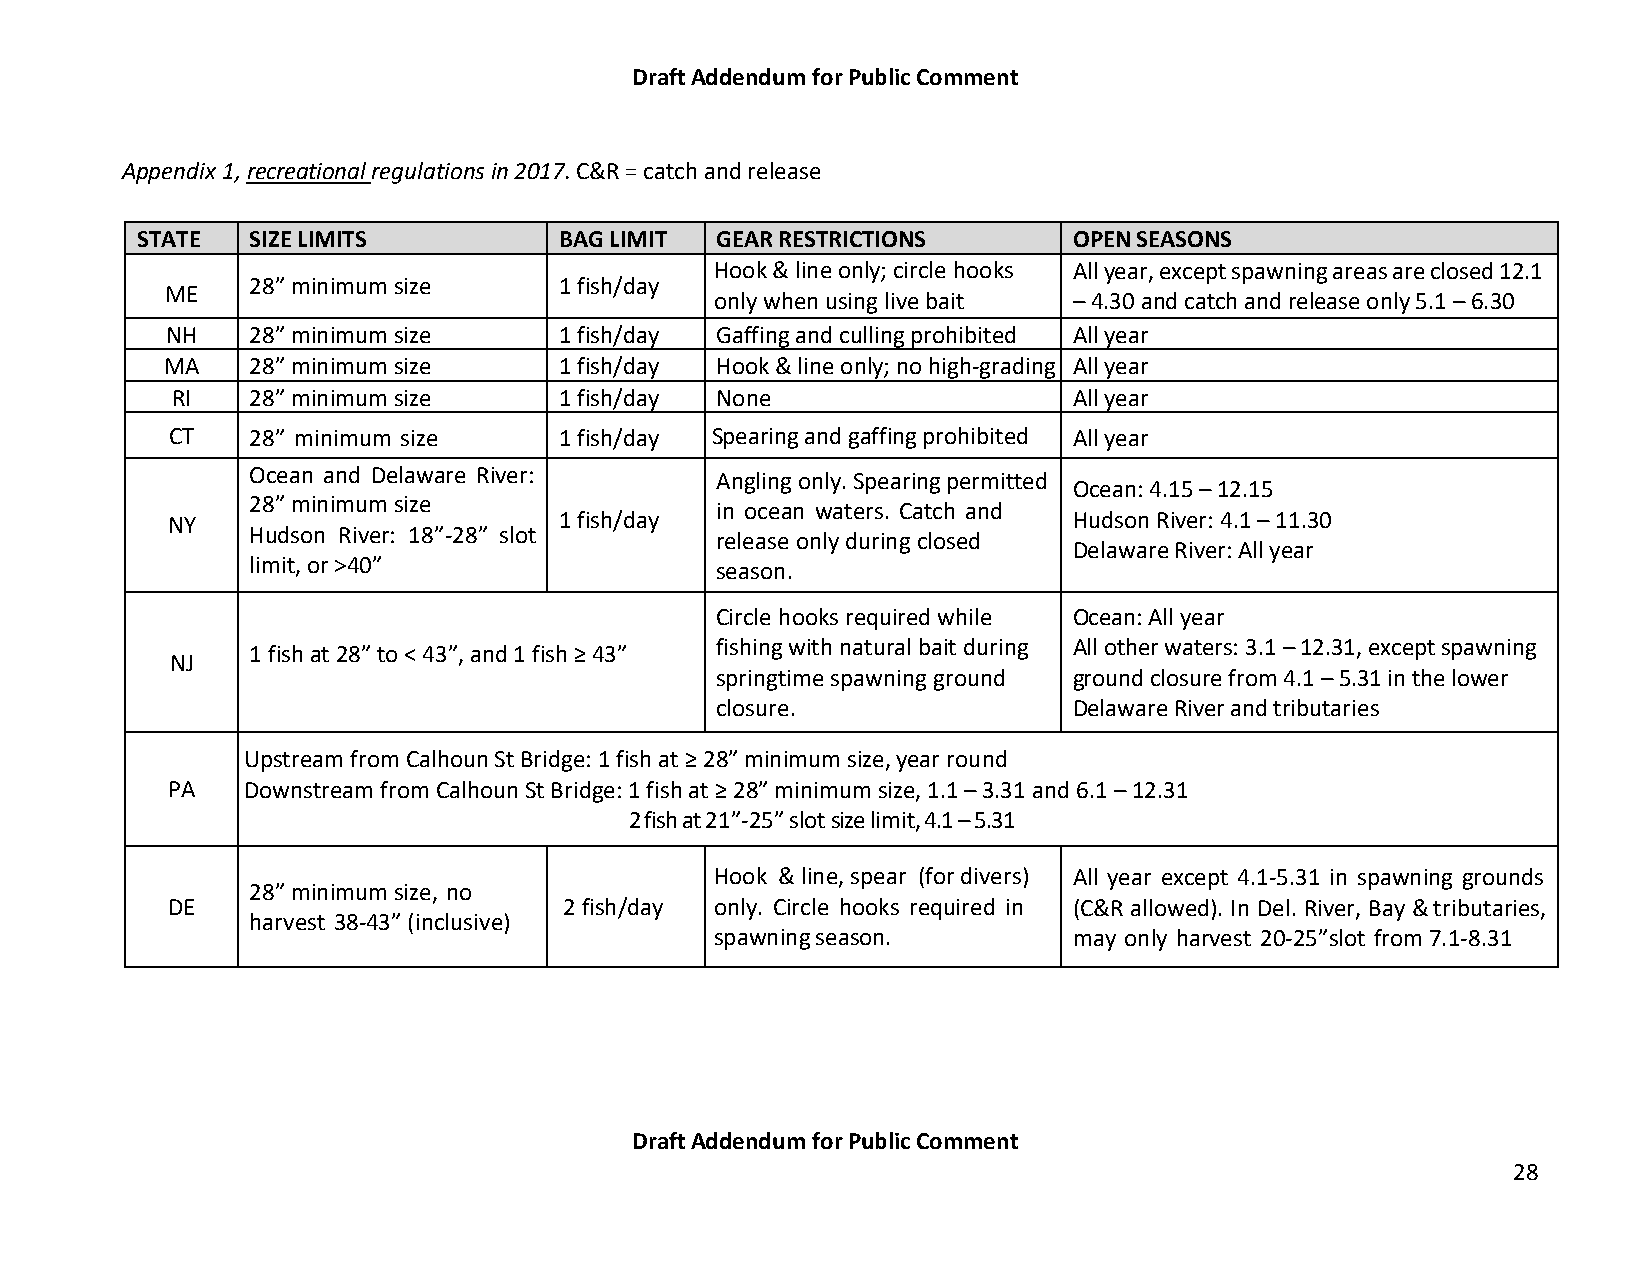
Draft Addendum for Public Comment
 Appendix 1, recreational regulations in 2017. C&R = catch and release
 STATE   SIZE LIMITS         BAG LIMIT GEAR RESTRICTIONS       OPEN SEASONS
 Hook & line only; circle hooks All year, except spawning areas are closed 12.1
 28” minimum size    1 fish/day
 ME
 only when using live bait – 4.30 and catch and release only 5.1 – 6.30
 NH    28” minimum size    1 fish/day Gaffing and culling prohibited All year
 MA    28” minimum size    1 fish/day Hook & line only; no high-grading All year
 RI    28” minimum size    1 fish/day None                   All year
 CT    28” minimum size    1 fish/day Spearing and gaffing prohibited All year
 Ocean and Delaware River:     Angling only. Spearing permitted
 Ocean: 4.15 – 12.15
 28” minimum size
 in ocean waters. Catch and
 NY                        1 fish/day                        Hudson River: 4.1 – 11.30
 Hudson River: 18”-28” slot    release only during closed
 Delaware River: All year
 limit, or >40”                season.
 Circle hooks required while Ocean: All year
 fishing with natural bait during All other waters: 3.1 – 12.31, except spawning
 1 fish at 28” to < 43”, and 1 fish ≥ 43”
 NJ
 springtime spawning ground ground closure from 4.1 – 5.31 in the lower
 closure.                Delaware River and tributaries
 Upstream from Calhoun St Bridge: 1 fish at ≥ 28” minimum size, year round
 PA   Downstream from Calhoun St Bridge: 1 fish at ≥ 28” minimum size, 1.1 – 3.31 and 6.1 – 12.31
 2 fish at 21”-25” slot size limit, 4.1 – 5.31
 Hook & line, spear (for divers) All year except 4.1-5.31 in spawning grounds
 28” minimum size, no
 DE                        2 fish/day only. Circle hooks required in (C&R allowed). In Del. River, Bay & tributaries,
 harvest 38-43” (inclusive)
 spawning season.        may only harvest 20-25”slot from 7.1-8.31
 Draft Addendum for Public Comment
 28